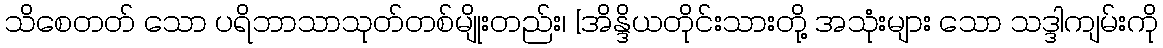
သိစေတတ် သော ပရိဘာသာသုတ်တစ်မျိုးတည်း၊ [အိန္ဒိယတိုင်းသားတို့ အသုံးများ သော သဒ္ဒါကျမ်းကို